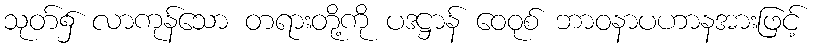
သုတ်၌ လာကုန်သော တရားတို့ကို ပဒဋ္ဌာန် ဝေဝုစ် ဘာဝနာပဟာနအားဖြင့်